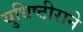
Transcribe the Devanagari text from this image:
युधिष्ठीराने